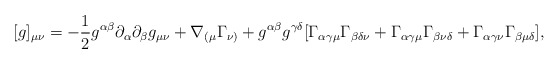
\begin{align*} [g]_{\mu \nu} = - \frac{1}{2}g^{\alpha \beta}\partial_{\alpha} \partial_{\beta} g_{\mu \nu} + \nabla_{(\mu} \Gamma_{\nu)} + g^{\alpha \beta} g^{\gamma \delta} [ \Gamma_{\alpha \gamma \mu} \Gamma_{\beta \delta \nu} + \Gamma_{\alpha \gamma \mu} \Gamma_{\beta \nu \delta} + \Gamma_{\alpha \gamma \nu} \Gamma_{\beta \mu \delta} ],\end{align*}